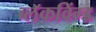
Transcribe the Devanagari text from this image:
ब्लॅकविंग्ड